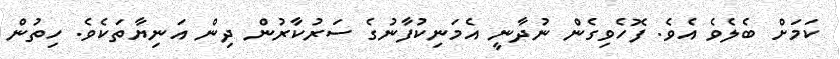
ކަމަށް ބެލެވެ އެވެ. ފޮހެވިގެން ނުދާނީ އެމަނިކުފާނުގެ ސަރުކާރުން ދިން އަނިޔާތަކެވެ. ހިތުން